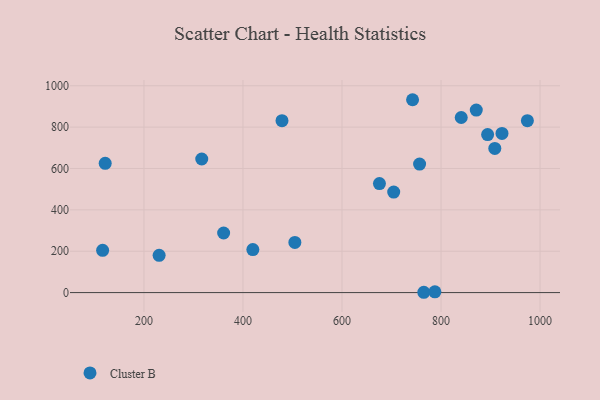
{"axis": {"x": "Engine Size", "y": "Demand"}, "legend": ["Cluster B"], "data": [{"x": "923.1", "y": 769.3, "type": "Cluster B"}, {"x": "840.8", "y": 846.5, "type": "Cluster B"}, {"x": "704.4", "y": 486.1, "type": "Cluster B"}, {"x": "504.8", "y": 242.5, "type": "Cluster B"}, {"x": "230.6", "y": 180.2, "type": "Cluster B"}, {"x": "675.6", "y": 526.9, "type": "Cluster B"}, {"x": "756.7", "y": 621.5, "type": "Cluster B"}, {"x": "908.6", "y": 697.1, "type": "Cluster B"}, {"x": "478.8", "y": 831.3, "type": "Cluster B"}, {"x": "765.2", "y": 1.5, "type": "Cluster B"}, {"x": "742.5", "y": 932.4, "type": "Cluster B"}, {"x": "316.7", "y": 645.9, "type": "Cluster B"}, {"x": "787.6", "y": 3.9, "type": "Cluster B"}, {"x": "419.9", "y": 208.1, "type": "Cluster B"}, {"x": "871.2", "y": 882.6, "type": "Cluster B"}, {"x": "360.9", "y": 288.0, "type": "Cluster B"}, {"x": "894.1", "y": 764.1, "type": "Cluster B"}, {"x": "121.7", "y": 624.7, "type": "Cluster B"}, {"x": "116.5", "y": 204.4, "type": "Cluster B"}, {"x": "974.4", "y": 831.2, "type": "Cluster B"}]}